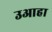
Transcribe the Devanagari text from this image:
उआहा